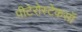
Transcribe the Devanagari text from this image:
पीटेरोस्टेकसॉ